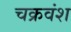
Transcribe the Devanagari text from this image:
चक्रवंश